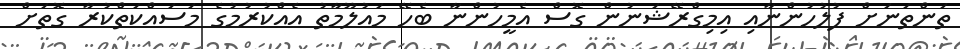
ތަންތަނަށް ފުލުހުންނާއި އިމިގްރޭޝަނުން ގޮސް އެމީހުންނާ ބެހޭ މައުލޫމާތު އެއްކުރުމުގެ މަސައްކަތްކުރާ ގޮތަށް